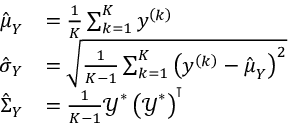
\begin{array} { r l } { \hat { \boldsymbol { \mu } } _ { \boldsymbol { Y } } } & { = \frac { 1 } { K } \sum _ { k = 1 } ^ { K } \boldsymbol { y } ^ { \left( k \right) } } \\ { \hat { \boldsymbol { \sigma } } _ { \boldsymbol { Y } } } & { = \sqrt { \frac { 1 } { K - 1 } \sum _ { k = 1 } ^ { K } \left( \boldsymbol { y } ^ { \left( k \right) } - \hat { \boldsymbol { \mu } } _ { \boldsymbol { Y } } \right) ^ { 2 } } } \\ { \hat { \boldsymbol { \Sigma } } _ { \boldsymbol { Y } } } & { = \frac { 1 } { K - 1 } \boldsymbol { \mathcal { Y } } ^ { \ast } \left( \boldsymbol { \mathcal { Y } } ^ { \ast } \right) ^ { \intercal } } \end{array}